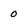
Character: 0